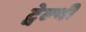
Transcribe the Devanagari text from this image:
ट्वेल्‍थी